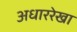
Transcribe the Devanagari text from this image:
अधाररेखा